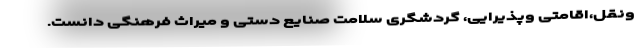
ونقل،اقامتی وپذیرایی، گردشگری سلامت صنایع دستی و میراث فرهنگی دانست.